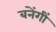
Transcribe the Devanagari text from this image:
बनेंगीं